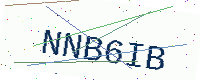
Text: NNB6IB